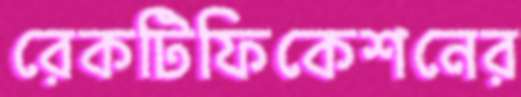
রেকটিফিকেশনের